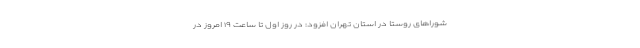
شوراهای روستا در استان تهران افزود: در روز اول تا ساعت ۱۹ امروز در